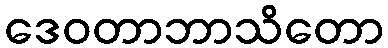
ဒေဝတာဘာသိတော